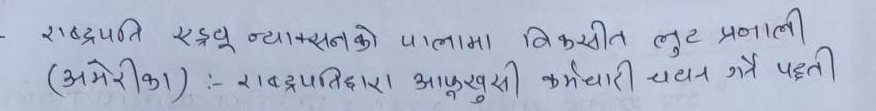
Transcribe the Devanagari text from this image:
राष्ट्रपति एन्ड्रेयु ज्याक्सनको पालामा विकसित लुट प्रणाली (अमेरिका) :- राष्ट्रपतिद्वारा आफुखुसी कर्मचारी चयन गर्ने पद्धती